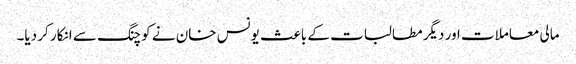
مالی معاملات اور دیگر مطالبات کے باعث یونس خان نے کوچنگ سے انکار کر دیا۔